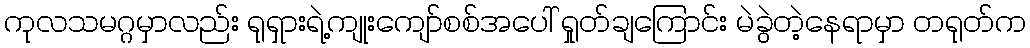
ကုလသမဂ္ဂမှာလည်း ရုရှားရဲ့ကျုးကျော်စစ်အပေါ် ရှုတ်ချကြောင်း မဲခွဲတဲ့နေရာမှာ တရုတ်က